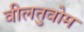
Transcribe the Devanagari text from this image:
वीलतुवोम